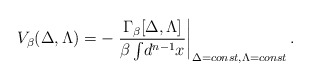
\begin{align*}V_{\beta}(\Delta,\Lambda)=-\left.\frac{\Gamma_{\beta}[\Delta,\Lambda]}{\beta\int\!d^{n-1}x}\right|_{\Delta=const,\Lambda=const}.\end{align*}